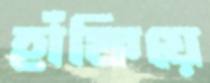
হাঁফিয়ে